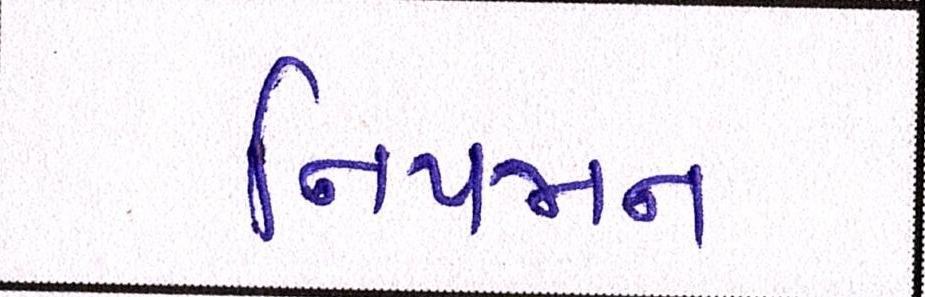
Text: નિયમન